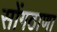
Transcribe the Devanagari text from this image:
सोंगठाणा